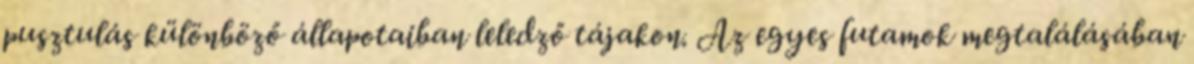
pusztulás különböző állapotaiban leledző tájakon. Az egyes futamok megtalálásában